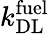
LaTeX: k_{\mathrm{DL}}^{\mathrm{fuel}}